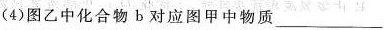
(4)图乙中化合物b对应图甲中物质___